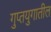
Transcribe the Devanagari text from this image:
गुप्तयुगातील